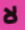
لا